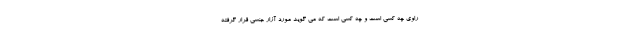
راوی چه کسی است و چه کسی است که می گوید مورد آزار جنسی قرار گرفته